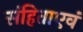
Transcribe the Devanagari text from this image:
संहिताएवं